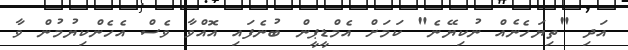
އަދި "ތިޔަހެނެއް ނުކިޔޭނެ" ކަަމަށް އެމްޑީޕީން ބުނެފައި އޮއްވާ ވެސް އެހެންކިޔުމުން ވާ